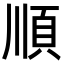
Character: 順